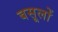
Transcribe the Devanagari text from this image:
बसूलों